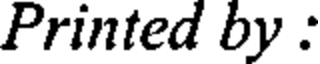
Printed by :